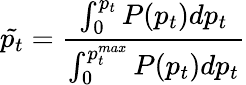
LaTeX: \tilde{p_{t}}=\frac{\int_{0}^{p_{t}}P(p_{t})dp_{t}}{\int_{0}^{p_{t}^{max}}P(p_{t})dp_{t}}